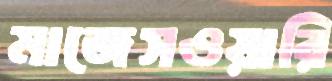
মাজেসওয়ারি